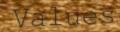
Values